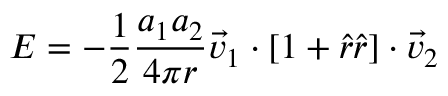
E = - { \frac { 1 } { 2 } } { \frac { a _ { 1 } a _ { 2 } } { 4 \pi r } } { \vec { v } } _ { 1 } \cdot \left[ 1 + { \hat { r } } { \hat { r } } \right] \cdot { \vec { v } } _ { 2 }